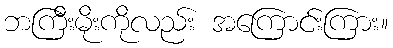
ဘကြီးမိုးကိုလည်း အကြောင်းကြား။